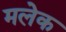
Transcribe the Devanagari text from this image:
मलेक